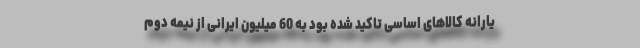
یارانه کالاهای اساسی تاکید شده بود به 60 میلیون ایرانی از نیمه دوم